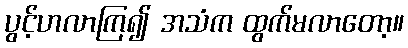
ပွင့်ဟလာကြ၍ အသံက ထွက်မလာတော့။